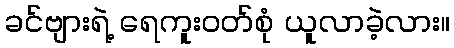
ခင်ဗျားရဲ့ ရေကူးဝတ်စုံ ယူလာခဲ့လား။